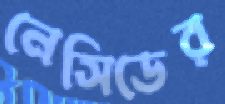
নেসিডের